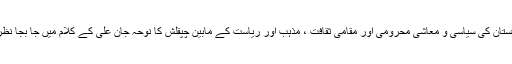
گلگت بلتستان کی سیاسی و معاشی محرومی اور مقامی ثقافت ، مذہب اور ریاست کے مابین چپقلش کا نوحہ جان علی کے کلام میں جا بجا نظر آتا ہے۔